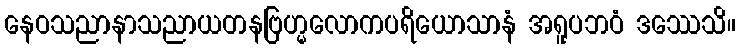
နေဝသညာနာသညာယတနဗြဟ္မလောကပရိယောသာနံ အရူပဘဝံ ဒဿေသိ။